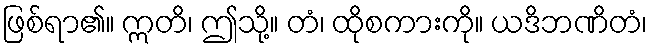
ဖြစ်ရာ၏။ ဣတိ၊ ဤသို့။ တံ၊ ထိုစကားကို။ ယဒိဘဏိတံ၊